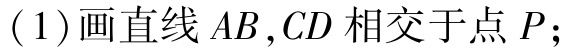
(1)画直线 \(AB,CD\) 相交于点 \(P\);